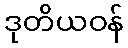
ဒုတိယဝန်